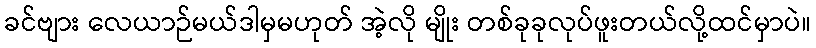
ခင်ဗျား လေယာဉ်မယ်ဒါမှမဟုတ် အဲ့လို မျိုး တစ်ခုခုလုပ်ဖူးတယ်လို့ထင်မှာပဲ။